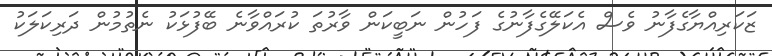
ޒަކަރިއްޔާގެފާނު ވެސް އެކަލޭގެފާނުގެ ފަހުން ނަބީކަން ވާރުތަ ކުރައްވާނެ ބޭފުޅަކު ނެތުމުން ދަރިކަލަކު